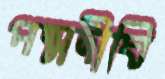
পদ্মদীঘি